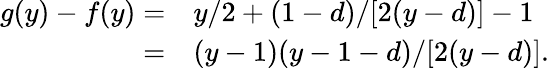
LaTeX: \begin{array}{rl}{g(y)-f(y)=}&{{}y/2+(1-d)/[2(y-d)]-1}\\ {=}&{{}(y-1)(y-1-d)/[2(y-d)].}\end{array}